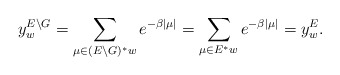
\begin{align*}y^{E\backslash G}_w=\sum_{\mu\in(E\backslash G)^*w}e^{-\beta|\mu|}=\sum_{\mu\in E^*w}e^{-\beta|\mu|}=y^E_w.\end{align*}